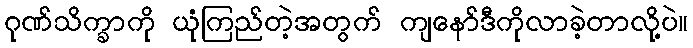
ဂုဏ်သိက္ခာကို ယုံကြည်တဲ့အတွက် ကျနော်ဒီကိုလာခဲ့တာလို့ပဲ။